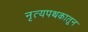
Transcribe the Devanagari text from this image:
नृत्यपथकातून